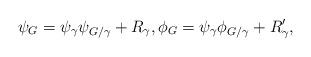
LaTeX: \begin{align*} \psi_G=\psi_{\gamma} \psi_{G / \gamma} + R_\gamma,\phi_G= \psi_\gamma \phi_{G / \gamma} + R_\gamma ', \end{align*}